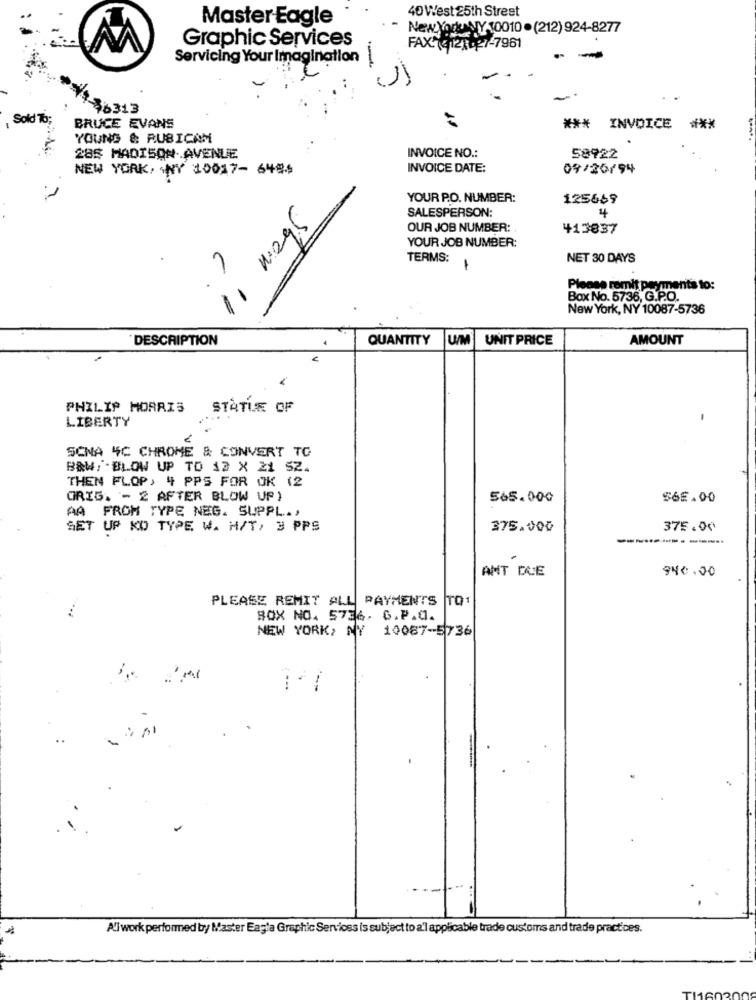
40 West 25th Street
Master-Eagle
New York NY 10010.(212) 924-8277
Graphic Services
FAX:(3121027-7961
Servicing Your Imagination
.-
$6313
Sold To;
BRUCE EVANS
*** INVOICE
***
YOUNG & RUBICAM
285 MADISON AVENUE
INVOICE NO .:
58922
NEW YORK, NY 10017- 6486
INVOICE DATE:
09/20/94
YOUR P.O. NUMBER:
125669
11 ways
SALESPERSON:
4
OUR JOB NUMBER:
413837
YOUR JOB NUMBER:
TERMS:
NET 30 DAYS
1
-
Please remit payment's to:
Box No. 5736, G.P.O.
New York, NY 10087-5736
DESCRIPTION
QUANTITY
UM UNIT PRICE
AMOUNT
PHILIP MORRIS
STATUE OF
LIBERTY
SCNA 4C CHROME & CONVERT TO
B&W; - BLOW UP TO 12 X 21 52.
THEN FLOP, 4 PPS FOR OK 12
ORIG. - 2 AFTER BLOW UP)
565.000
$6E.00
AA FROM TYPE NEG. SUPPL .,
SET UP KO TYPE W. H/T, 3 PPS
375.000
375.00
AMT DUE
940,00
PLEASE REMIT ALL PAYMENTS TO1
BOX NO. 5736. 6.P.O.
NEW YORK, NY 10087-5736
All work performed by Master Easta Graphic Services is subject to a'l applicable trade customs and trade practices.